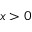
x > 0